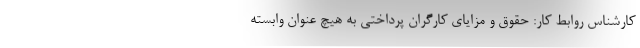
کارشناس روابط کار: حقوق و مزایای کارگران پرداختی به هیچ عنوان وابسته